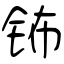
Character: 钸